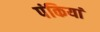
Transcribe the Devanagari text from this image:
पंकियां